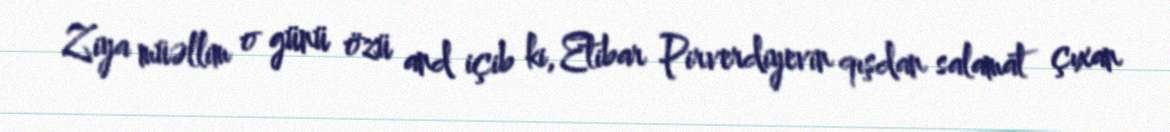
Ziya müəllim o günü özü and içib ki, Etibar Pirverdiyevin qışdan salamat çıxan